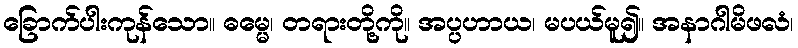
ခြောက်ပါးကုန်သော။ ဓမ္မေ၊ တရားတို့ကို။ အပ္ပဟာယ၊ မပယ်မူ၍။ အနာဂါမိဖလံ၊